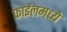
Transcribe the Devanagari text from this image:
फाईलमध्ये